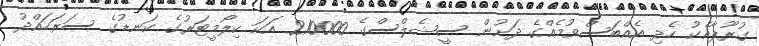
ގުރޫޕާއެކު ހެދި އެއްބަސްވުމެއްގެ ދަށުން ސީޝެލްސްގެ 210000 އަކަ ކިލޯމީޓަރުގެ ކަނޑުގެ ސަރަހައްދު